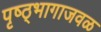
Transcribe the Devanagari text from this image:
पृष्ठ्भागाजवळ